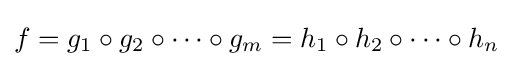
f=g_{1}\circ g_{2}\circ \cdots \circ g_{m}=h_{1}\circ h_{2}\circ \cdots \circ h_{n}